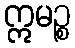
ဣမဉ္စ